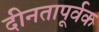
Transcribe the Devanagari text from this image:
दीनतापूर्वक